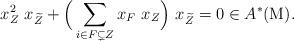
LaTeX: \begin{align*}x_Z^2 \ x_{\widetilde{Z}}+\Big( \sum_{i \in F \subsetneq Z} x_F \ x_Z\Big) \ x_{\widetilde{Z}}=0 \in A^*(\mathrm{M}).\end{align*}